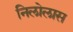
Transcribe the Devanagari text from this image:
निलोलास